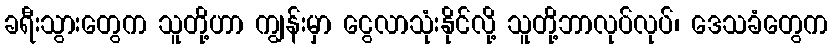
ခရီးသွားတွေက သူတို့ဟာ ကျွန်းမှာ ငွေလာသုံးနိုင်လို့ သူတို့ဘာလုပ်လုပ်၊ ဒေသခံတွေက